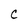
Character: C